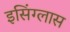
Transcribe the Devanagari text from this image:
इसिंग्लास